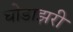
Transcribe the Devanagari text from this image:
घोडाझरी